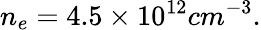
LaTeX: n_{e}=4.5\times 10^{12}cm^{-3}.